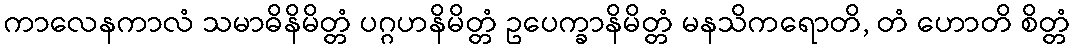
ကာလေနကာလံ သမာဓိနိမိတ္တံ ပဂ္ဂဟနိမိတ္တံ ဥပေက္ခာနိမိတ္တံ မနသိကရောတိ, တံ ဟောတိ စိတ္တံ